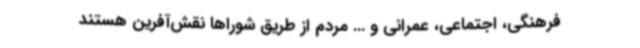
فرهنگی، اجتماعی، عمرانی و ... مردم از طریق شوراها نقش‌آفرین هستند